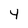
Character: 4